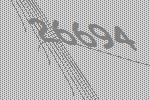
26694